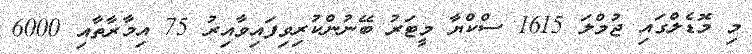
މި މޮޑެލްގައި ޖުމްލަ 1615 ސްކްޔާ މީޓަރު ބޭނުންކުރިވިފައިވާއިރު 75 އިމާރާތާއި 6000